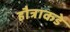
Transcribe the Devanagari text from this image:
हौत्राकडे